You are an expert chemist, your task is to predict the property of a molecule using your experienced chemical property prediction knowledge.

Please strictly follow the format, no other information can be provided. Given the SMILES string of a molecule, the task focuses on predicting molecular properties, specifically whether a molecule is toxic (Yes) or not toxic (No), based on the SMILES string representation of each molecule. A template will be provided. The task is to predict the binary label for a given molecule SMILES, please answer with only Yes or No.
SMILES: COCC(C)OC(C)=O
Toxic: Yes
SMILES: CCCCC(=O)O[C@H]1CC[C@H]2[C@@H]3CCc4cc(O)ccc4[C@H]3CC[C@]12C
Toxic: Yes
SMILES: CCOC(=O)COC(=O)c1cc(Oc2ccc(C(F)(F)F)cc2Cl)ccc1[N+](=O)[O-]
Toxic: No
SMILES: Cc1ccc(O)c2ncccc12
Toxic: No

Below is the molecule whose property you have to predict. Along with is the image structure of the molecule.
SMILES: CC(C)(C)CC(C)(C)c1ccc(O)c(-n2nc3ccccc3n2)c1
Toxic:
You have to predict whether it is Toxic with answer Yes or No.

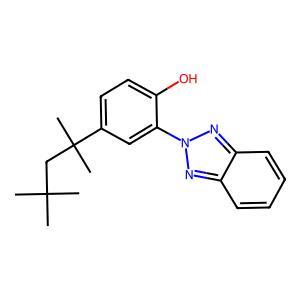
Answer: No